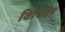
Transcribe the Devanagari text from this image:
विदितैव